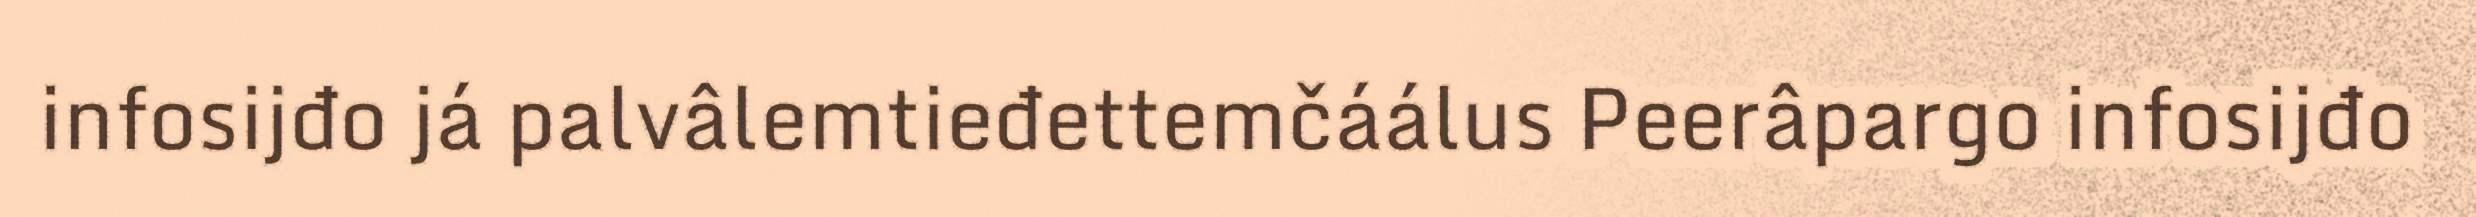
infosijđo já palvâlemtieđettemčáálus Peerâpargo infosijđo